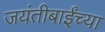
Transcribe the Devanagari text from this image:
जयंतीबाईंच्या